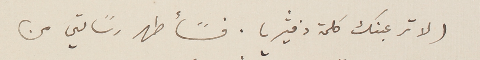
(لا ترعبنك كلمة دفثيريا. فسًأطهر رسًالتي من